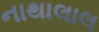
નાથાલાલ